38_143685_box_Incident_Summaries_101-172
Agency: Department of War
Page 136
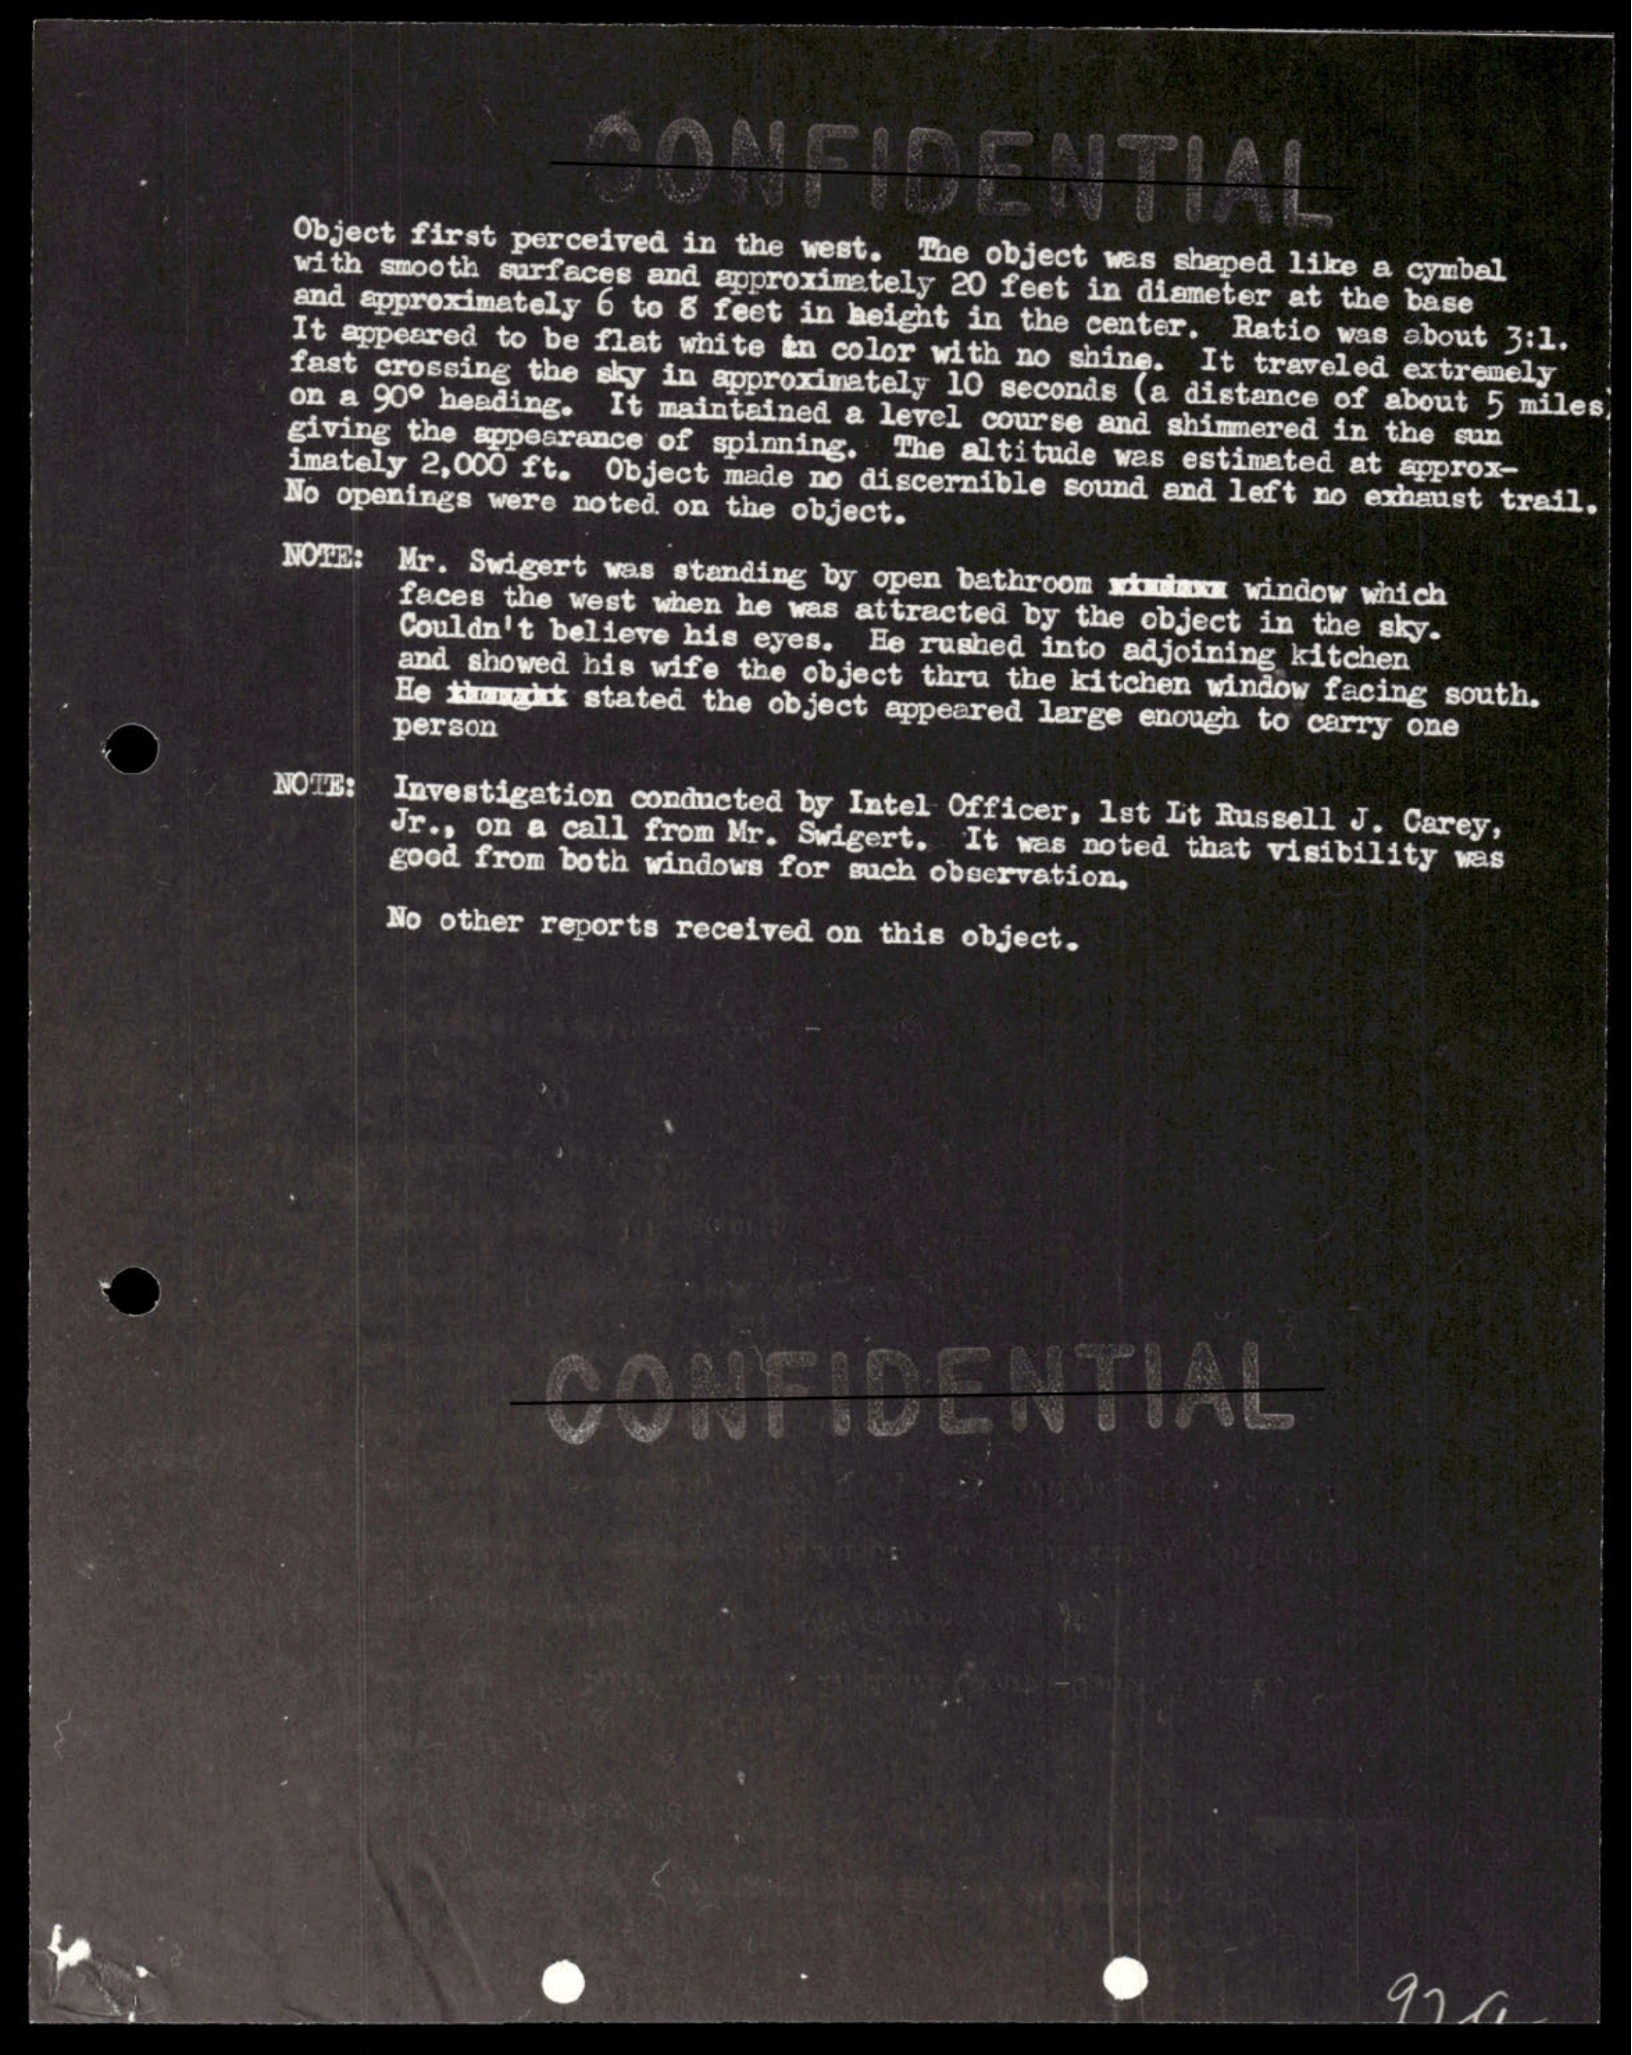